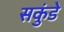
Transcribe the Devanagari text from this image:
सकुंडे